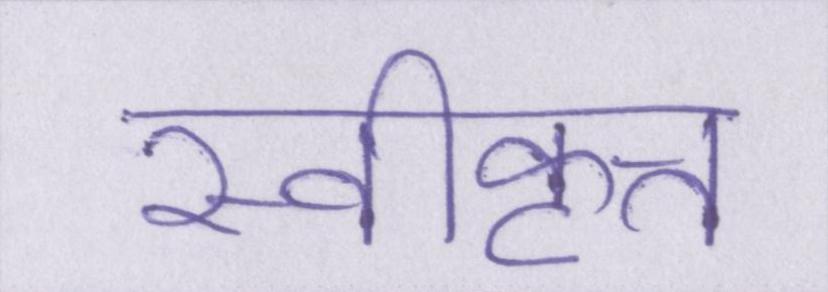
स्वीकृत्त